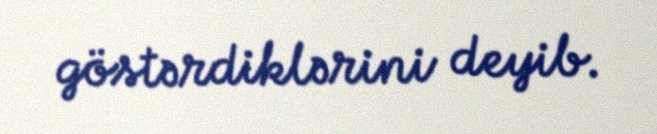
göstərdiklərini deyib.